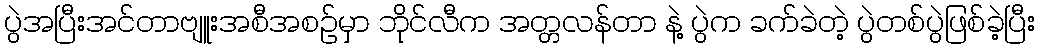
ပွဲအပြီးအင်တာဗျူးအစီအစဉ်မှာ ဘိုင်လီက အတ္တလန်တာ နဲ့ ပွဲက ခက်ခဲတဲ့ ပွဲတစ်ပွဲဖြစ်ခဲ့ပြီး